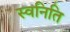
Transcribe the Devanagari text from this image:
स्वनिति